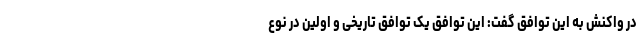
در واکنش به این توافق گفت: این توافق یک توافق تاریخی و اولین در نوع